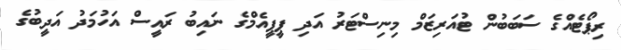
ރިޕޯޓެއްގެ ސަބަބުން ޓުއަރިޒަމް މިނިސްޓަރު އަދި ޕީޕީއެމްގެ ނައިބު ރައީސް އަހުމަދު އަދީބުގެ